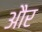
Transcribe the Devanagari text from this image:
और